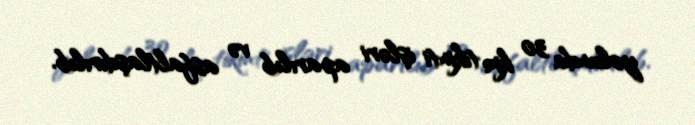
yolunda 30 km tikinti işləri aparılıb və asfaltlaşdırılıb.